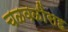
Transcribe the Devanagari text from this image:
चळवळींसह